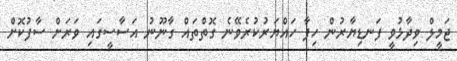
ޖަމީލް ވިދާޅުވީ ފަނޑިޔާރުން ހިފާ ހައްޔަރުކުރެވޭނެ ގޮތްތައް ގާނޫނު އަސާސީގައި ވަރަށް ސާފުކޮށް